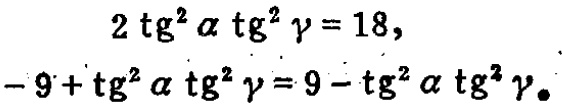
\[

\begin{align*}

2\mathrm{tg}^{2}\alpha\mathrm{tg}^{2}\gamma&=18,\\

-9 + \mathrm{tg}^{2}\alpha\mathrm{tg}^{2}\gamma&=9 - \mathrm{tg}^{2}\alpha\mathrm{tg}^{2}\gamma。

\end{align*}

\]